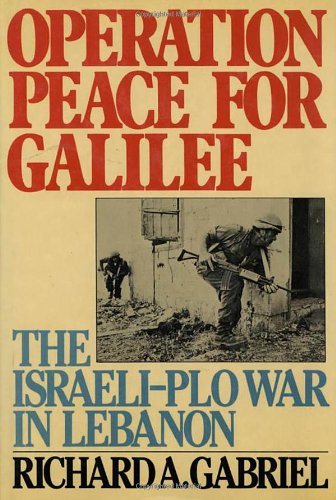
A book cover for Operation Peace for Galilee: Israeli/Palestine Liberation Organization War in Lebanon; Richard A. Gabriel; History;